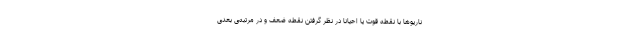
ناریوها با نقطه قوت یا احیانا در نظر گرفتن نقطه ضعف و در مرتبه‌ی بعدی